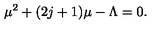
\mu ^ { 2 } + ( 2 j + 1 ) \mu - \Lambda = 0 .